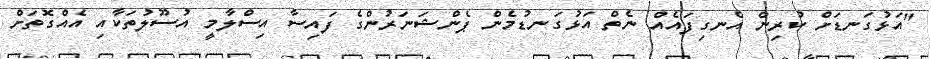
"އަޅުގަނޑަށް ކުރިން އެނގިފައެއް ނެތް އަޅުގަނޑުމެން ޕެންޝަނަރުންގެ ފައިސާ އިސްލާމީ އުސޫލުތަކާއި އެއްގޮތަށް